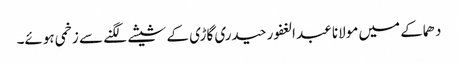
دھماکے میں مولانا عبد الغفور حیدری گاڑی کے شیشے لگنے سے زخمی ہوئے۔